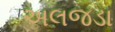
અલજડા